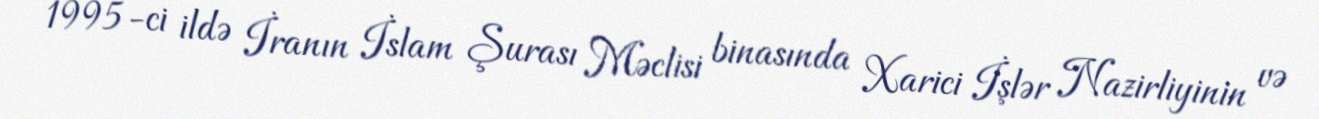
1995-ci ildə İranın İslam Şurası Məclisi binasında Xarici İşlər Nazirliyinin və